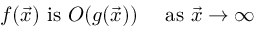
f ( { \vec { x } } ) { \mathrm { ~ i s ~ } } O ( g ( { \vec { x } } ) ) \quad { \mathrm { ~ a s ~ } } { \vec { x } } \to \infty